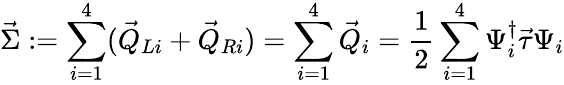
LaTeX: \vec{\Sigma}:=\sum_{i=1}^{4}(\vec{Q}_{Li}+\vec{Q}_{Ri})=\sum_{i=1}^{4}\vec{Q}_{i}=\frac{1}{2}\sum_{i=1}^{4}\Psi_{i}^{\dagger}\vec{\tau}\Psi_{i}